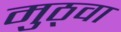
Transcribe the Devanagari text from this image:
मुठ्वा